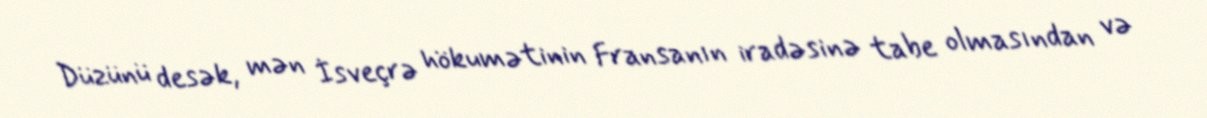
Düzünü desək, mən İsveçrə hökumətinin Fransanın iradəsinə tabe olmasından və